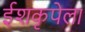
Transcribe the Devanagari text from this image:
ईशकृपेला